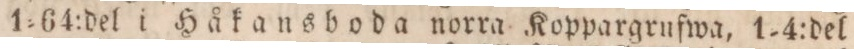
1=64:del i Håkansboda norra Koppargrufwa, 1-4:del